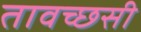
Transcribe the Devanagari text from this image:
तावच्छसी